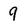
Character: 9